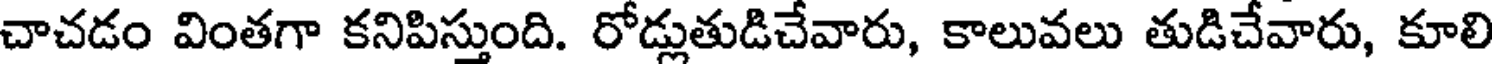
చాచడం వింతగా కనిపిస్తుంది. రోడ్లుతుడిచేవారు, కాలువలు తుడిచేవారు, కూలి